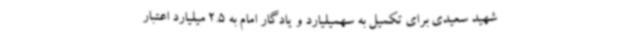
شهید سعیدی برای تکمیل به سهمیلیارد و یادگار امام به 2.5 میلیارد اعتبار